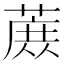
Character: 𬞈